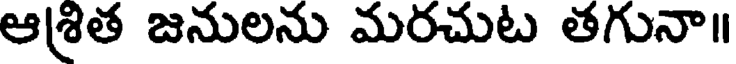
ఆశ్రిత జనులను మరచుట తగునా॥